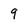
Character: q